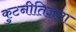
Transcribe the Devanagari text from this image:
कुटनीतिज्ञता